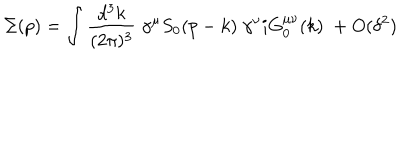
LaTeX: \Sigma ( p ) = \int { \frac { d ^ { 3 } k } { ( 2 \pi ) ^ { 3 } } } \; \gamma ^ { \mu } S _ { 0 } ( p - k ) \; \gamma ^ { \nu } i G _ { 0 } ^ { \mu \nu } ( k ) \; + O ( \delta ^ { 2 } )